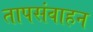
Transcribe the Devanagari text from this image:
तापसंवाहन